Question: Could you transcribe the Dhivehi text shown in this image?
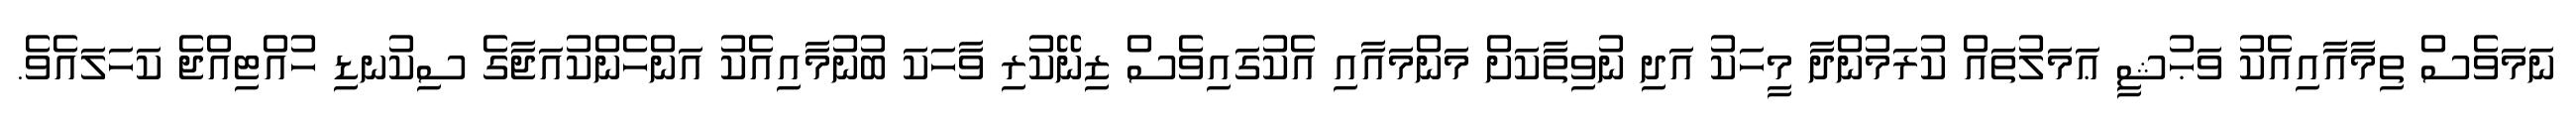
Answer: ނަމަވެސް ތިމާއާއިއެކު ވަޙުޝީ ޢަމަލުތައް ކުރަމުންދާ މީހަކު އަދި ނުވިތާކަށް މަންމައާއި އެކުގައިވެސް ޒިނޭކުރި ވާހަކަ ބުނުމާއިއެކު އަންހެންކުއަޖާގެ ސިކުނޑި ހުއްޓިއްޖެ ކަހަލައެވެ.